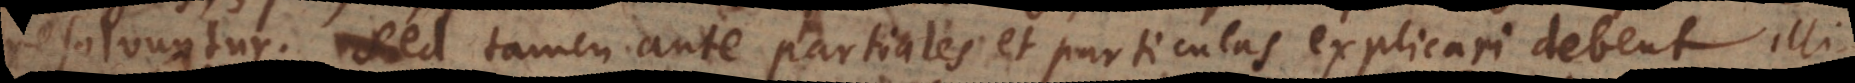
resolvuntur. Sed tamen ante partiales et particulas explicari debent in